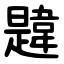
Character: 韙